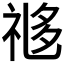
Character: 𬒼